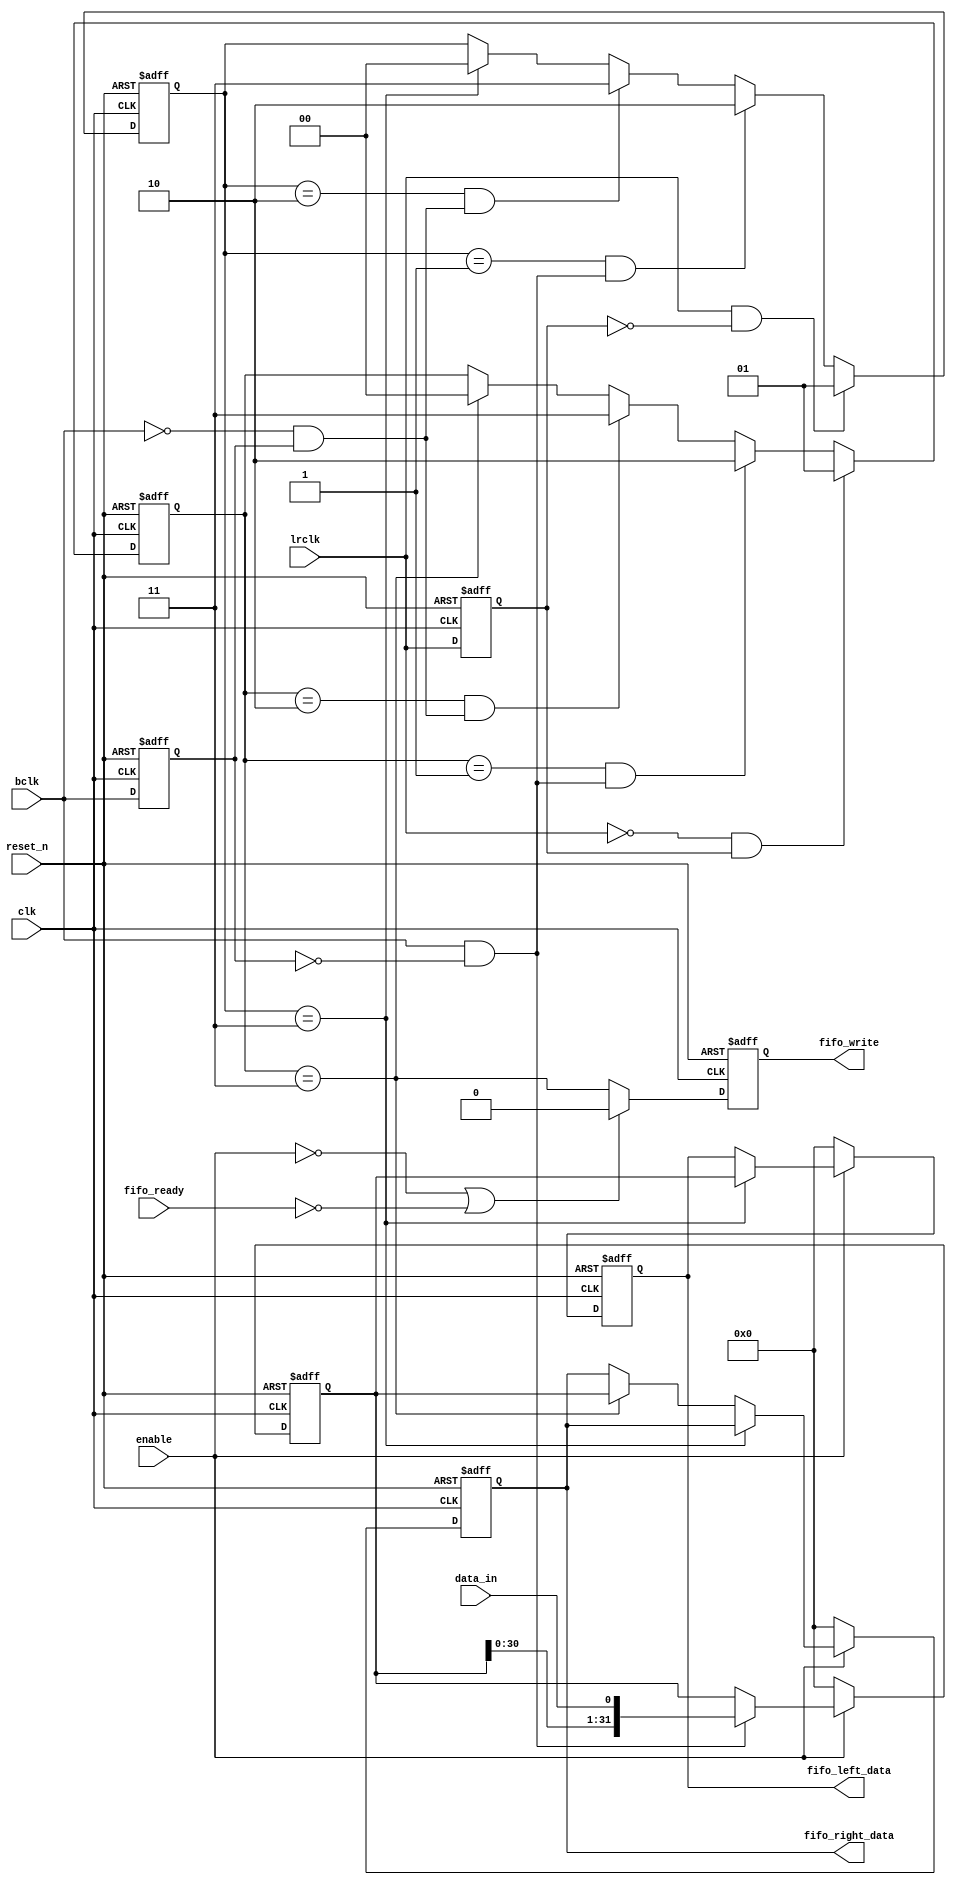
module i2s_shift_in (
	input				clk,				// Master clock, should be synchronous with bclk/lrclk
	input				reset_n,			// Asynchronous reset
	output reg	[31:0]	fifo_right_data,	// Fifo interface, right channel
	output reg	[31:0]	fifo_left_data,		// Fifo interface, left channel
	input				fifo_ready,			// Fifo ready (not full)
	output reg			fifo_write,			// Fifo write strobe, write only when l+r received

	input				enable,				// Software enable
	input				bclk,				// I2S bclk
	input				lrclk,				// I2S lrclk (word clock)
	input				data_in				// Data in from ADC
);

	// bclk edge
	reg bclk_delayed;
	always @(posedge clk or negedge reset_n)
	begin
		if (~reset_n)
		begin
			bclk_delayed <= 0;
		end
		else
		begin
			bclk_delayed <= bclk;
		end
	end
	wire bclk_rising_edge = bclk & ~bclk_delayed;
	wire bclk_falling_edge = ~bclk & bclk_delayed;
		
	// lrclk edges
	reg lrclk_delayed;
	always @(posedge clk or negedge reset_n)
	begin
		if (~reset_n)
		begin
			lrclk_delayed <= 0;
		end
		else
		begin
			lrclk_delayed <= lrclk;
		end
	end
	wire lrclk_rising_edge = lrclk & ~lrclk_delayed;
	wire lrclk_falling_edge = ~lrclk & lrclk_delayed;

	// I2S is one bclk delayed, so detect falling egde of first (complete) bclk after each lrclk edge
	reg [1:0] first_bclk_falling_after_lrclk_rising_r;
	always @(posedge clk or negedge reset_n)
	begin
		if (~reset_n)
		begin
			first_bclk_falling_after_lrclk_rising_r <= 0;
		end
		else
		begin
			if (lrclk_rising_edge)
				first_bclk_falling_after_lrclk_rising_r <= 2'b01;
			else if (first_bclk_falling_after_lrclk_rising_r == 2'b01 && bclk_rising_edge)
				first_bclk_falling_after_lrclk_rising_r <= 2'b10;
			else if (first_bclk_falling_after_lrclk_rising_r == 2'b10 && bclk_falling_edge)
				first_bclk_falling_after_lrclk_rising_r <= 2'b11;
			else if (first_bclk_falling_after_lrclk_rising_r == 2'b11)
				first_bclk_falling_after_lrclk_rising_r <= 2'b00;
		end
	end
	wire first_bclk_falling_after_lrclk_rising = first_bclk_falling_after_lrclk_rising_r == 2'b11;
	
	reg [1:0] first_bclk_falling_after_lrclk_falling_r;
	always @(posedge clk or negedge reset_n)
	begin
		if (~reset_n)
		begin
			first_bclk_falling_after_lrclk_falling_r <= 0;
		end
		else
		begin
			if (lrclk_falling_edge)
				first_bclk_falling_after_lrclk_falling_r <= 2'b01;
			else if (first_bclk_falling_after_lrclk_falling_r == 2'b01 && bclk_rising_edge)
				first_bclk_falling_after_lrclk_falling_r <= 2'b10;
			else if (first_bclk_falling_after_lrclk_falling_r == 2'b10 && bclk_falling_edge)
				first_bclk_falling_after_lrclk_falling_r <= 2'b11;
			else if (first_bclk_falling_after_lrclk_falling_r == 2'b11)
				first_bclk_falling_after_lrclk_falling_r <= 2'b00;
		end
	end
	wire first_bclk_falling_after_lrclk_falling = first_bclk_falling_after_lrclk_falling_r == 2'b11;
	
	// shift-register
	reg [31:0] shift_register;
	always @(posedge clk or negedge reset_n)
	begin
		if (~reset_n)
		begin
			shift_register <= 0;
		end
		else
		begin
			if (~enable)
				shift_register <= 0;
			else if (bclk_rising_edge)
				shift_register <= {shift_register[30:0], data_in};
		end
	end

	// Load output register
	always @(posedge clk or negedge reset_n)
	begin
		if (~reset_n)
		begin
			fifo_right_data <= 0;
			fifo_left_data <= 0;
		end
		else
		begin
			if (~enable)
			begin
				fifo_right_data <= 0;
				fifo_left_data <= 0;
			end
			else if (first_bclk_falling_after_lrclk_rising)
				fifo_left_data <= shift_register;
			else if (first_bclk_falling_after_lrclk_falling)
				fifo_right_data <= shift_register;
		end				
	end

	// fifo write strobe, one clock after right channel has been loaded to output register
	always @(posedge clk or negedge reset_n)
	begin
		if (~reset_n)
		begin
			fifo_write <= 0;
		end
		else
		begin
			if (~enable | ~fifo_ready)
				fifo_write <= 0;
			else
				fifo_write <= first_bclk_falling_after_lrclk_falling;
		end
	end

endmodule